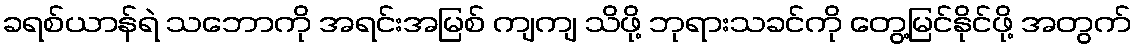
ခရစ်ယာန်ရဲ သဘောကို အရင်းအမြစ် ကျကျ သိဖို့ ဘုရားသခင်ကို တွေ့မြင်နိုင်ဖို့ အတွက်